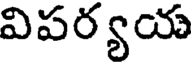
విపర్యయ